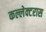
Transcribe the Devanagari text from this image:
कल्लेक्टरास